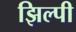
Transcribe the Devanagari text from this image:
झिल्पी